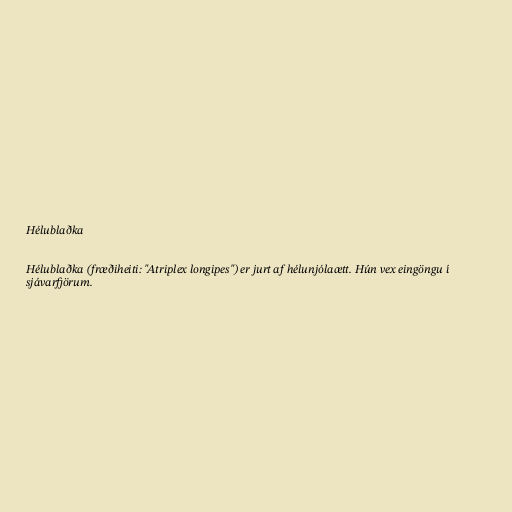
Hélublaðka

Hélublaðka (fræðiheiti: "Atriplex longipes") er jurt af hélunjólaætt. Hún vex eingöngu í
sjávarfjörum.